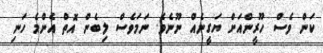
ކަން ވެސް ހޫރީންއަށް ޔަގީނެއް ނޫނެވެ. ނަމަވެސް ލިބެން އޮތް އެންމެ ހަނި